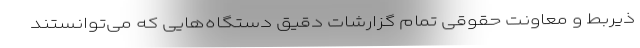
ذیربط و معاونت حقوقی تمام گزارشات دقیق دستگاه‌هایی که می‌توانستند